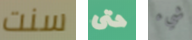
سنت حتى شيء